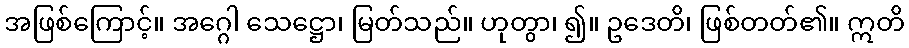
အဖြစ်ကြောင့်။ အဂ္ဂေါ သေဋ္ဌော၊ မြတ်သည်။ ဟုတွာ၊ ၍။ ဥဒေတိ၊ ဖြစ်တတ်၏။ ဣတိ